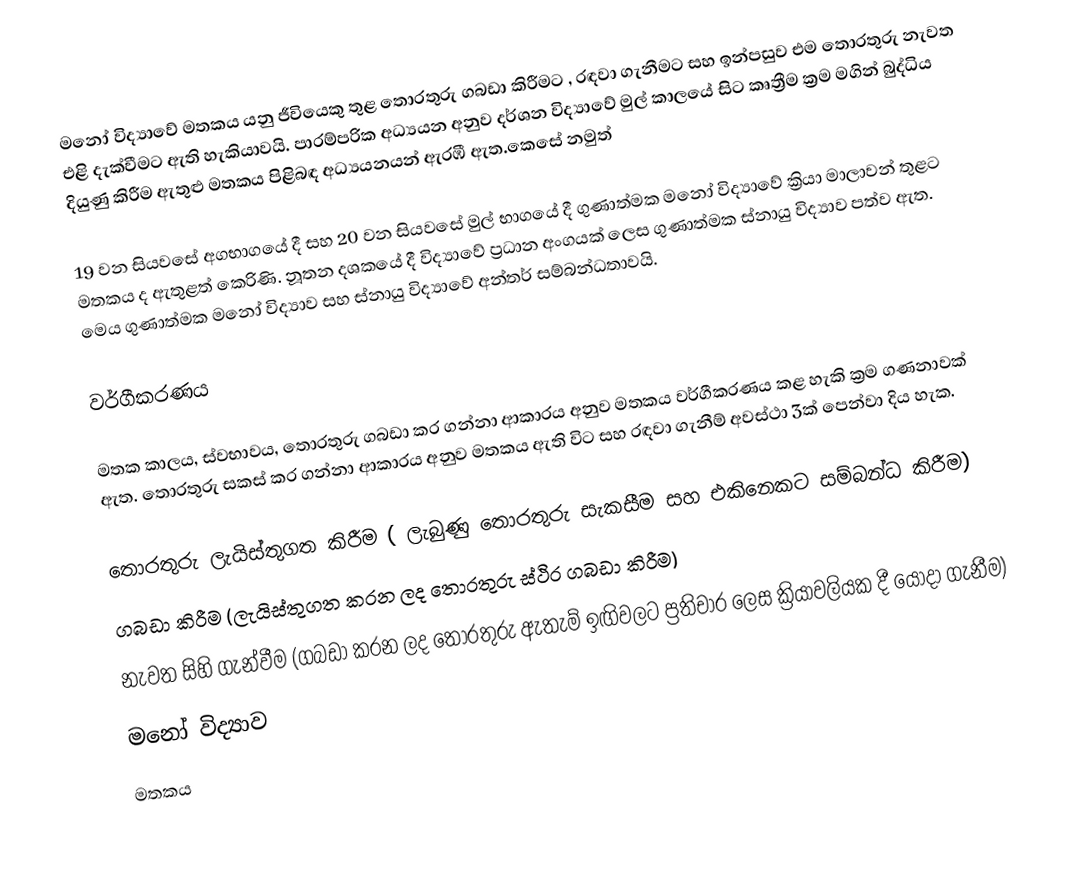
මනෝ විද්‍යාවේ මතකය යනු ජීවියෙකු තුළ තොරතුරු ගබඩා කිරීමට , රඳවා ගැනීමට සහ ඉන්පසුව එම තොරතුරු නැවත එළි දැක්වීමට ඇති හැකියාවයි. පාරම්පරික අධ්‍යයන අනුව දර්ශන විද්‍යාවේ මුල් කාලයේ සිට කෘත්‍රීම ක්‍රම මගින් බුද්ධිය දියුණු කිරීම ඇතුළු මතකය පිළිබඳ අධ්‍යයනයන් ඇරඹී ඇත.කෙසේ නමුත්

19 වන සිය‍වසේ අගභාගයේ දී සහ 20 වන සියවසේ මුල් භාගයේ දී ගුණාත්මක මනෝ විද්‍යාවේ ක්‍රියා මාලාවන් තුළට මතකය ද ඇතුළත් කෙරිණි. නූතන දශකයේ දී විද්‍යාවේ ප්‍රධාන අංගයක් ලෙස ගුණාත්මක ස්නායු විද්‍යාව පත්ව ඇත. මෙය ගුණාත්මක මනෝ විද්‍යා‍ව සහ ස්නායු විද්‍යාවේ අන්තර් සම්බන්ධතාවයි.

වර්ගීකරණය

මතක කාලය, ස්වභාවය, තොරතුරු ගබඩා කර ගන්නා ආකාරය අනුව මතකය වර්ගීකරණය කළ හැකි ක්‍රම ගණනාවක් ඇත. තොරතුරු සකස් කර ගන්නා ආකාරය අනුව මතකය ඇති විට සහ රඳවා ගැනීම් අවස්ථා 3ක් පෙන්වා දිය හැක.

 තොරතුරු ලැයිස්තුගත කිරීම ( ලැබුණු තොරතුරු සැකසීම සහ එකිනෙකට සම්බන්ධ කිරීම)
 ගබඩා කිරීම (ලැයිස්තුගත කරන ලද තොරතුරු ස්ථිර ගබඩා කිරීම)
 නැවත සිහි ගැන්වීම (ගබඩා කරන ලද තොරතුරු ඇතැම් ඉඟිවලට ප්‍රතිචාර ලෙස ක්‍රියාවලියක දී යොදා ගැනීම)
මනෝ විද්‍යාව
මතකය